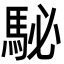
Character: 駜